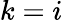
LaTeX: k=i